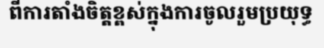
ពីការតាំងចិត្តខ្ពស់ក្នុងការចូលរួមប្រយុទ្ធ